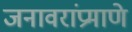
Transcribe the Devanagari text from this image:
जनावरांप्रमाणे